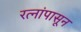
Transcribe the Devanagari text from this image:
रत्‍नांपासून